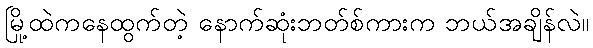
မြို့ထဲကနေထွက်တဲ့ နောက်ဆုံးဘတ်စ်ကားက ဘယ်အချိန်လဲ။